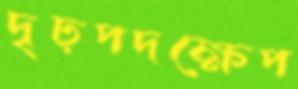
দৃঢ়পদক্ষেপ